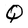
Character: Q